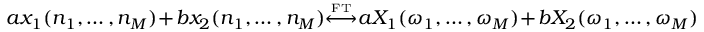
a x _ { 1 } ( n _ { 1 } , \ldots , n _ { M } ) + b x _ { 2 } ( n _ { 1 } , \ldots , n _ { M } ) { \overset { \underset { \mathrm { F T } } { } } { \longleftrightarrow } } a X _ { 1 } ( \omega _ { 1 } , \ldots , \omega _ { M } ) + b X _ { 2 } ( \omega _ { 1 } , \ldots , \omega _ { M } )